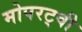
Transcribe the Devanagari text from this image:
मोपरट्वी